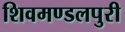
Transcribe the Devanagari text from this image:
शिवमण्डलपुरी